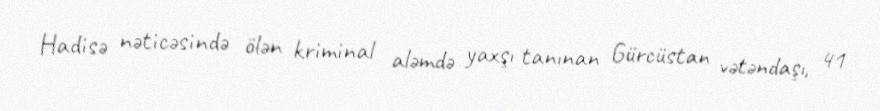
Hadisə nəticəsində ölən kriminal aləmdə yaxşı tanınan Gürcüstan vətəndaşı, 41